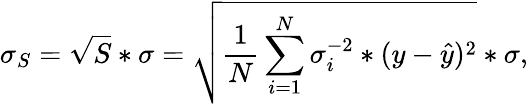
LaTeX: \sigma_{S}=\sqrt{S}*\sigma=\sqrt{\frac{1}{N}\sum_{i=1}^{N}\sigma_{i}^{-2}*(y-\hat{y})^{2}}*\sigma,